Annual report of the Imperial Bacteriologist
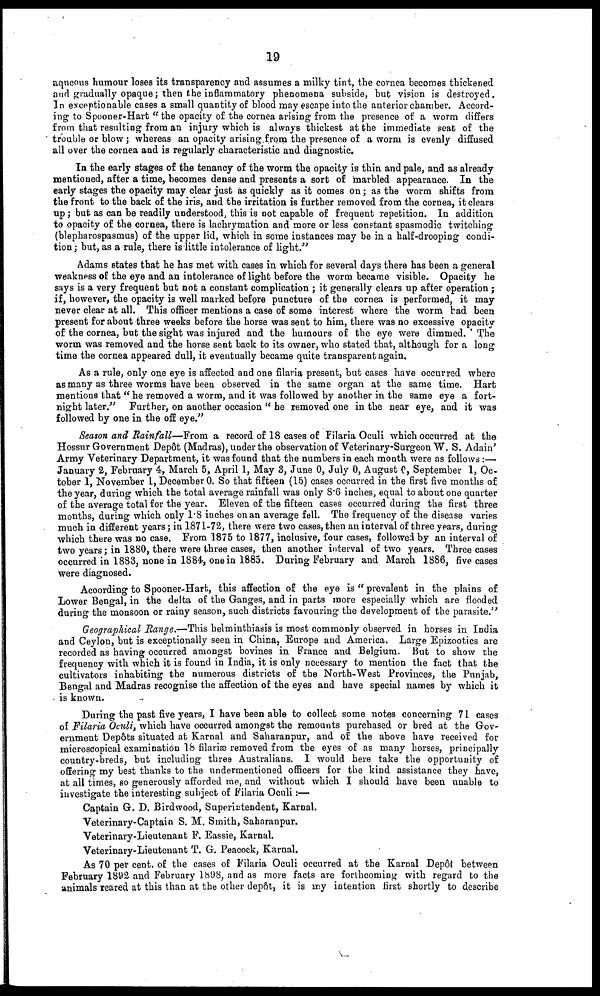
19
aqueous humour loses its transparency and assumes a milky tint, the cornea becomes thickened
and gradually opaque ; then the inflammatory phenomena subside, but vision is destroyed.
In exceptionable cases a small quantity of blood may escape into the anterior chamber. Accord-
ing to Spooner-Hart " the opacity of the cornea arising from the presence of a worm differs
from that resulting from an injury which is always thickest at the immediate seat of the
trouble or blow; whereas an opacity arising from the presence of a worm is evenly diffused
all over the cornea and is regularly characteristic and diagnostic.
In the early stages of the tenancy of the worm the opacity is thin and pale, and as already
mentioned, after a time, becomes dense and presents a sort of marbled appearance. In the
early stages the opacity may clear just as quickly as it comes on; as the worm shifts from
the front to the back of the iris, and the irritation is further removed from the cornea, it clears
up ; but as can be readily understood, this is not capable of frequent repetition. In addition
to opacity of the cornea, there is lachrymation and more or less constant spasmodic twitching
(blepharospasmus) of the upper lid, which in some instances may be in a half-drooping condi-
tion ; but, as a rule, there is little intolerance of light."
Adams states that he has met with cases in which for several days there has been a general
weakness of the eye and an intolerance of light before the worm became visible. Opacity he
says is a very frequent but not a constant complication ; it generally clears up after operation;
if, however, the opacity is well marked before puncture of the cornea is performed, it may
never clear at all. This officer mentions a case of some interest where the worm had been
present for about three weeks before the horse was sent to him, there was no excessive opacity
of the cornea, but the sight was injured and the humours of the eye were dimmed. The
worm was removed and the horse sent back to its owner, who stated that, although for a long
time the cornea appeared dull, it eventually became quite transparent again.
As a rule, only one eye is affected and one filaria present, but cases have occurred where
as many as three worms have been observed in the same organ at the same time. Hart
mentions that " he removed a worm, and it was followed by another in the same eye a fort-
night later." Further, on another occasion " he removed one in the near eye, and it was
followed by one in the off eye."
Season and Rainfall—From a record of 18 cases of Filaria Oculi which occurred at the
Hossur Government Depôt (Madras), under the observation of Veterinary-Surgeon W. S. Adain'
Army Veterinary Department, it was found that the numbers in each month were as follows:—
January 2, February 4, March 5, April 1, May 3, June 0, July 0, August 0, September 1, Oc-
tober 1, November 1, December 0 So that fifteen (15) cases occurred in the first five months of
the year, during which the total average rainfall was only 8.6 inches, equal to about one quarter
of the average total for the year. Eleven of the fifteen cases occurred during the first three
months, during which only 1.8 inches on an average fell. The frequency of the disease varies
much in different years ; in 1871-72, there were two cases, then an interval of three years, during
which there was no case. From 1875 to 1877, inclusive, four cases, followed by an interval of
two years; in 1880, there were three cases, then another interval of two years. Three cases
occurred in 1883, none in 1884, one in 1885. During February and March 1886, five cases
were diagnosed.
Acoording to Spooner-Hart, this affection of the eye is " prevalent in the plains of
Lower Bengal, in the delta of the Ganges, and in parts more especially which are flooded
during the monsoon or rainy season, such districts favouring the development of the parasite."
Geographical Range.—This helminthiasis is most commonly observed in horses in India
and Ceylon, but is exceptionally seen in China, Europe and America. Large Epizootics are
recorded as having occurred amongst bovines in France and Belgium. But to show the
frequency with which it is found in India, it is only necessary to mention the fact that the
cultivators inhabiting the numerous districts of the North-West Provinces, the Punjab,
Bengal and Madras recognise the affection of the eyes and have special names by which it
is known.
During the past five years, I have been able to collect some notes concerning 71 cases
of Filaria Oculi, which have occurred amongst the remounts purchased or bred at the Gov-
ernment Depôts situated at Karnal and Saharanpur, and of the above have received for
microscopical examination 18 filariæ removed from the eyes of as many horses, principally
country-breds, but including three Australians. I would here take the opportunity of
offering my best thanks to the undermentioned officers for the kind assistance they have,
at all times, so generously afforded me, and without which I should have been unable to
investigate the interesting subject of Filaria Oculi:—
Captain G. D. Birdwood, Superintendent, Karnal.
Veterinary-Captain S. M. Smith, Saharanpur.
Veterinary-Lieutenant F. Eassie, Karnal.
Veterinary-Lieutenant T. G. Peacock, Karnal.
As 70 per cent. of the cases of Filaria Oculi occurred at the Karnal Dep6t between
February 1892 and February 1898, and as more facts are forthcoming with regard to the
animals reared at this than at the other depôt, it is my intention first shortly to describe